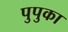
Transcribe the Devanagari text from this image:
पुपुका